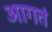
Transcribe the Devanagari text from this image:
आगतं